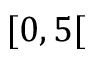
[ 0 , 5 [